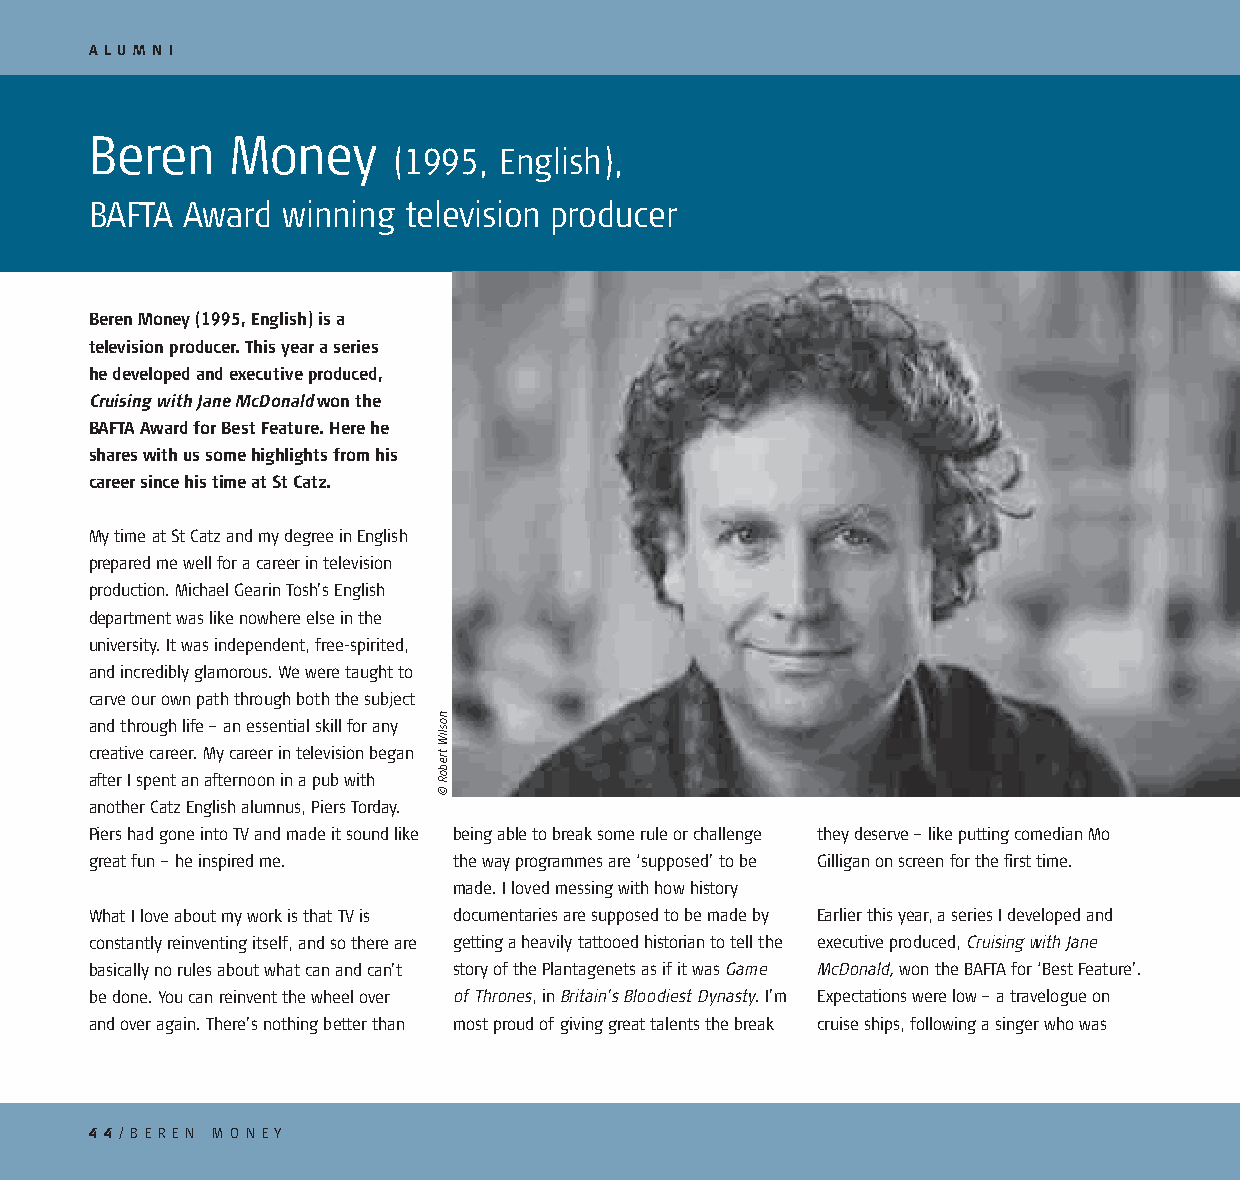
A LU M N I
 Beren    Money
 (1995, English),
 BAFTA Award  winning television producer
 Beren Money (1995, English) is a
 television producer. This year a series
 he developed and executive produced,
 Cruising with Jane McDonald won the
 BAFTA Award for Best Feature. Here he
 shares with us some highlights from his
 career since his time at St Catz.
 My time at St Catz and my degree in English
 prepared me well for a career in television
 production. Michael Gearin Tosh’s English
 department was like nowhere else in the
 university. It was independent, free-spirited,
 and incredibly glamorous. We were taught to
 carve our own path through both the subject
 and through life – an essential skill for any
 creative career. My career in television began
 after I spent an afternoon in a pub with
 another Catz English alumnus, Piers Torday.
 Piers had gone into TV and made it sound like being able to break some rule or challenge they deserve – like putting comedian Mo
 great fun – he inspired me. the way programmes are ‘supposed’ to be Gilligan on screen for the first time.
 made. I loved messing with how history
 What I love about my work is that TV is documentaries are supposed to be made by Earlier this year, a series I developed and
 constantly reinventing itself, and so there are getting a heavily tattooed historian to tell the executive produced, Cruising with Jane
 basically no rules about what can and can’t story of the Plantagenets as if it was Game McDonald, won the BAFTA for ‘Best Feature’.
 be done. You can reinvent the wheel over of Thrones, in Britain’s Bloodiest Dynasty. I’m Expectations were low – a travelogue on
 and over again. There’s nothing better than most proud of giving great talents the break cruise ships, following a singer who was
 4 4/ B E R E N M O N EY
 nosliW
 treboR
 ©